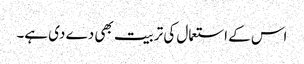
اس کے استعمال کی تربیت بھی دے دی ہے۔